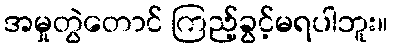
အမှုတွဲတောင် ကြည့်ခွင့်မရပါဘူး။